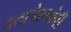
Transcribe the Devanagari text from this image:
दत्तात्रेरयांनी